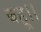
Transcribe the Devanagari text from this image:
बहू।।